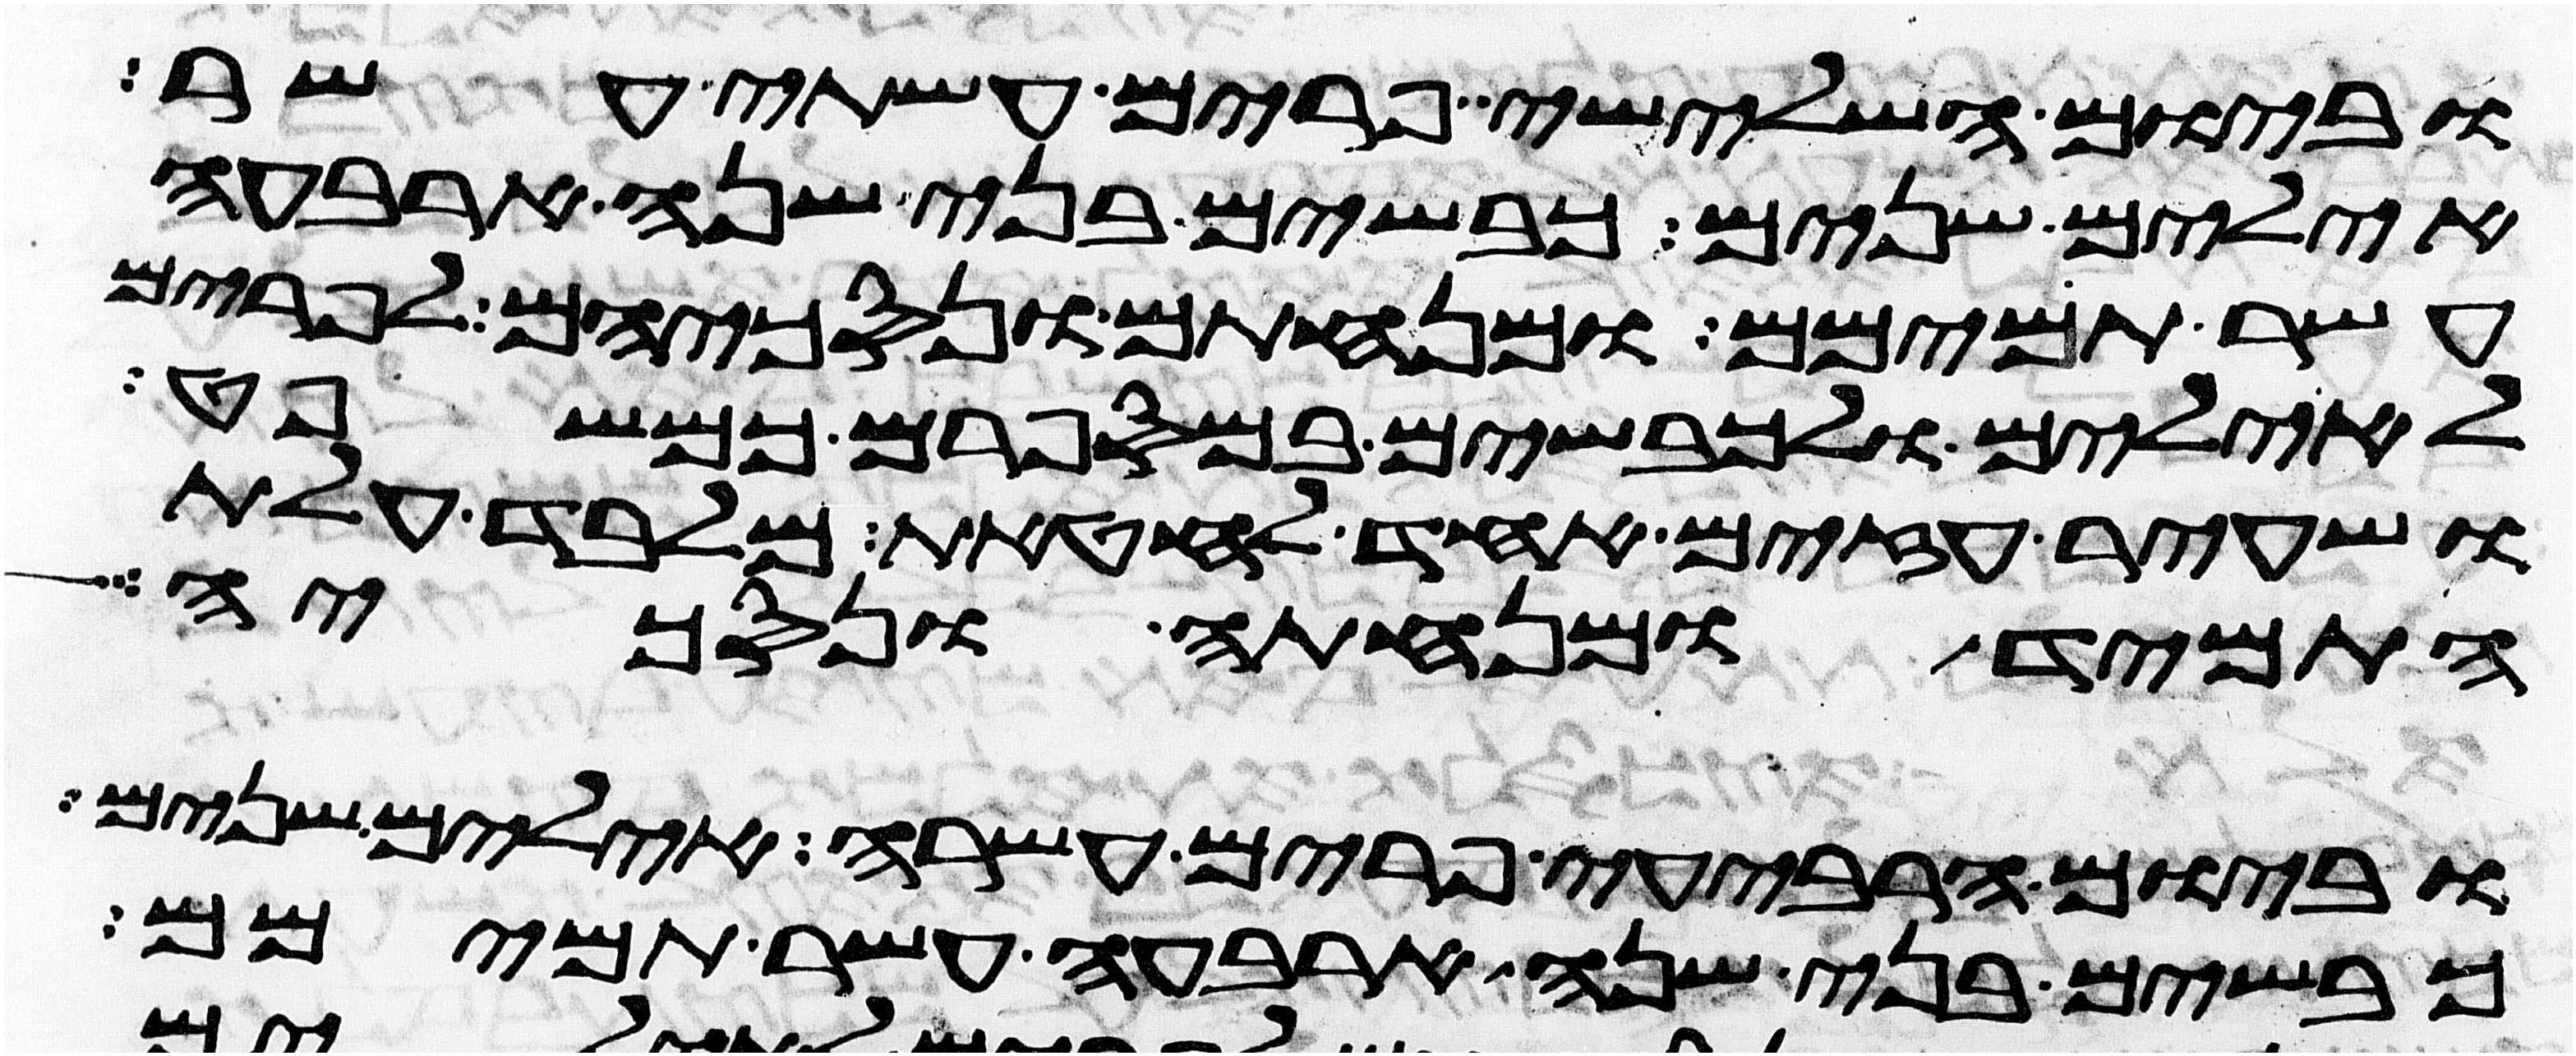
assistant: וביום השלישי פרים עשתה עשר
אילים שנים כבשים בני שנה ארבעה
עשר תמימם ומנחתם ונסכיהם לפרים
לאילים ולכבשים במספרם כמשפט
ושעיר עזים אחד לחטאת מלבד עלת
התמיד ומנחתה ונסכיה
וביום הרביעי פרים עשרה אילים שנים
כבשים בני שנה ארבעה עשר תמימם